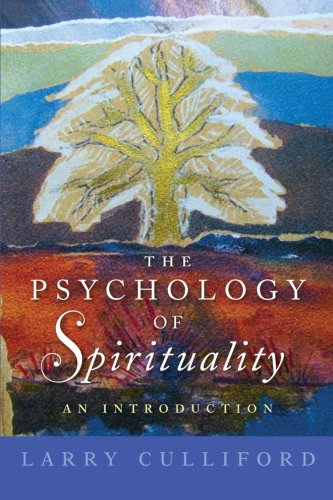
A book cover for The Psychology of Spirituality: An Introduction; Larry Culliford; Religion & Spirituality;